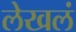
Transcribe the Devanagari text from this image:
लेखलं